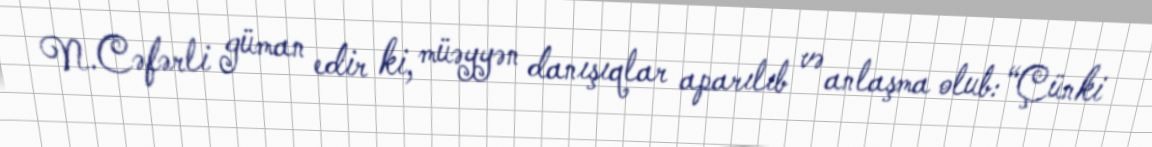
N.Cəfərli güman edir ki, müəyyən danışıqlar aparılıb və anlaşma olub: “Çünki